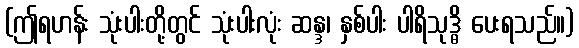
(ဤရဟန်း သုံးပါးတို့တွင် သုံးပါးလုံး ဆန္ဒ၊ နှစ်ပါး ပါရိသုဒ္ဓိ ပေးရသည်။)